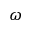
\omega